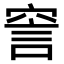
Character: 𧦱